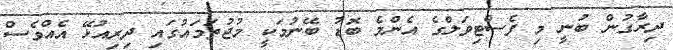
ދިރާގުން ބުނީ މި ފެސްޓިވަލްގެ އެންމެ ބޮޑު ބޭނުމަކީ މުޖުތަމައުގައި ދިރިއުޅޭ އެއްވެސް